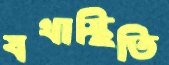
যথাস্থিতি